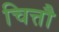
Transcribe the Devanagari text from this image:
चित्तौ